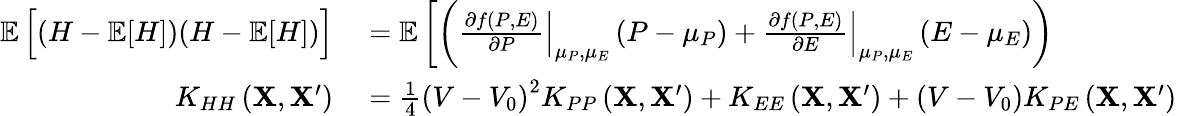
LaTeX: \begin{array}{rl}{\mathop{{}\mathbb{E}}\Big[(H-\mathop{{}\mathbb{E}}[H])(H-\mathop{{}\mathbb{E}}[H])\Big]}&{{}=\mathop{{}\mathbb{E}}\bigg[\bigg(\left.\frac{\partial f\left(P,E\right)}{\partial P}\right|_{\mu_{P},\mu_{E}}\left(P-\mu_{P}\right)+\left.\frac{\partial f\left(P,E\right)}{\partial E}\right|_{\mu_{P},\mu_{E}}\left(E-\mu_{E}\right)\bigg)}\\ {K_{HH}\left(\mathbf{X},\mathbf{X}^{\prime}\right)}&{{}=\frac{1}{4}\left(V-V_{0}\right)^{2}K_{PP}\left(\mathbf{X},\mathbf{X}^{\prime}\right)+K_{EE}\left(\mathbf{X},\mathbf{X}^{\prime}\right)+(V-V_{0})K_{PE}\left(\mathbf{X},\mathbf{X}^{\prime}\right)}\end{array}